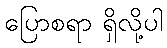
ပြောစရာ ရှိလို့ပါ